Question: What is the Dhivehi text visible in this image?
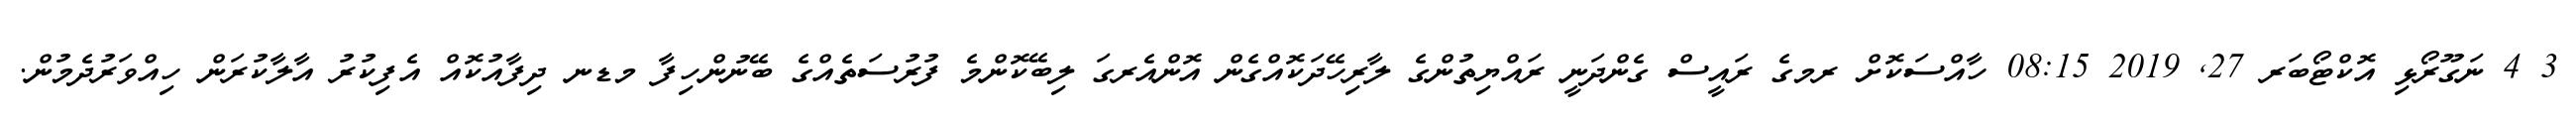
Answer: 3 4 ނަގޫރޯޅި އޮކްޓޯބަރ 27, 2019 08:15 ހާއްސަކޮށް ރމގެ ރައީސް ގެންދަނީ ރައްޔިތުންގެ ލާރިހޭދަކޮއްގެން އޮންއެރގަ ލިބޭކޮންމެ ފުރުސަތެއްގެ ބޭނުންހިފާ މޑނ ދިފާއުކޮއް އެފިކުރު އާލާކުރަން ހިއްވަރުދެމުން.